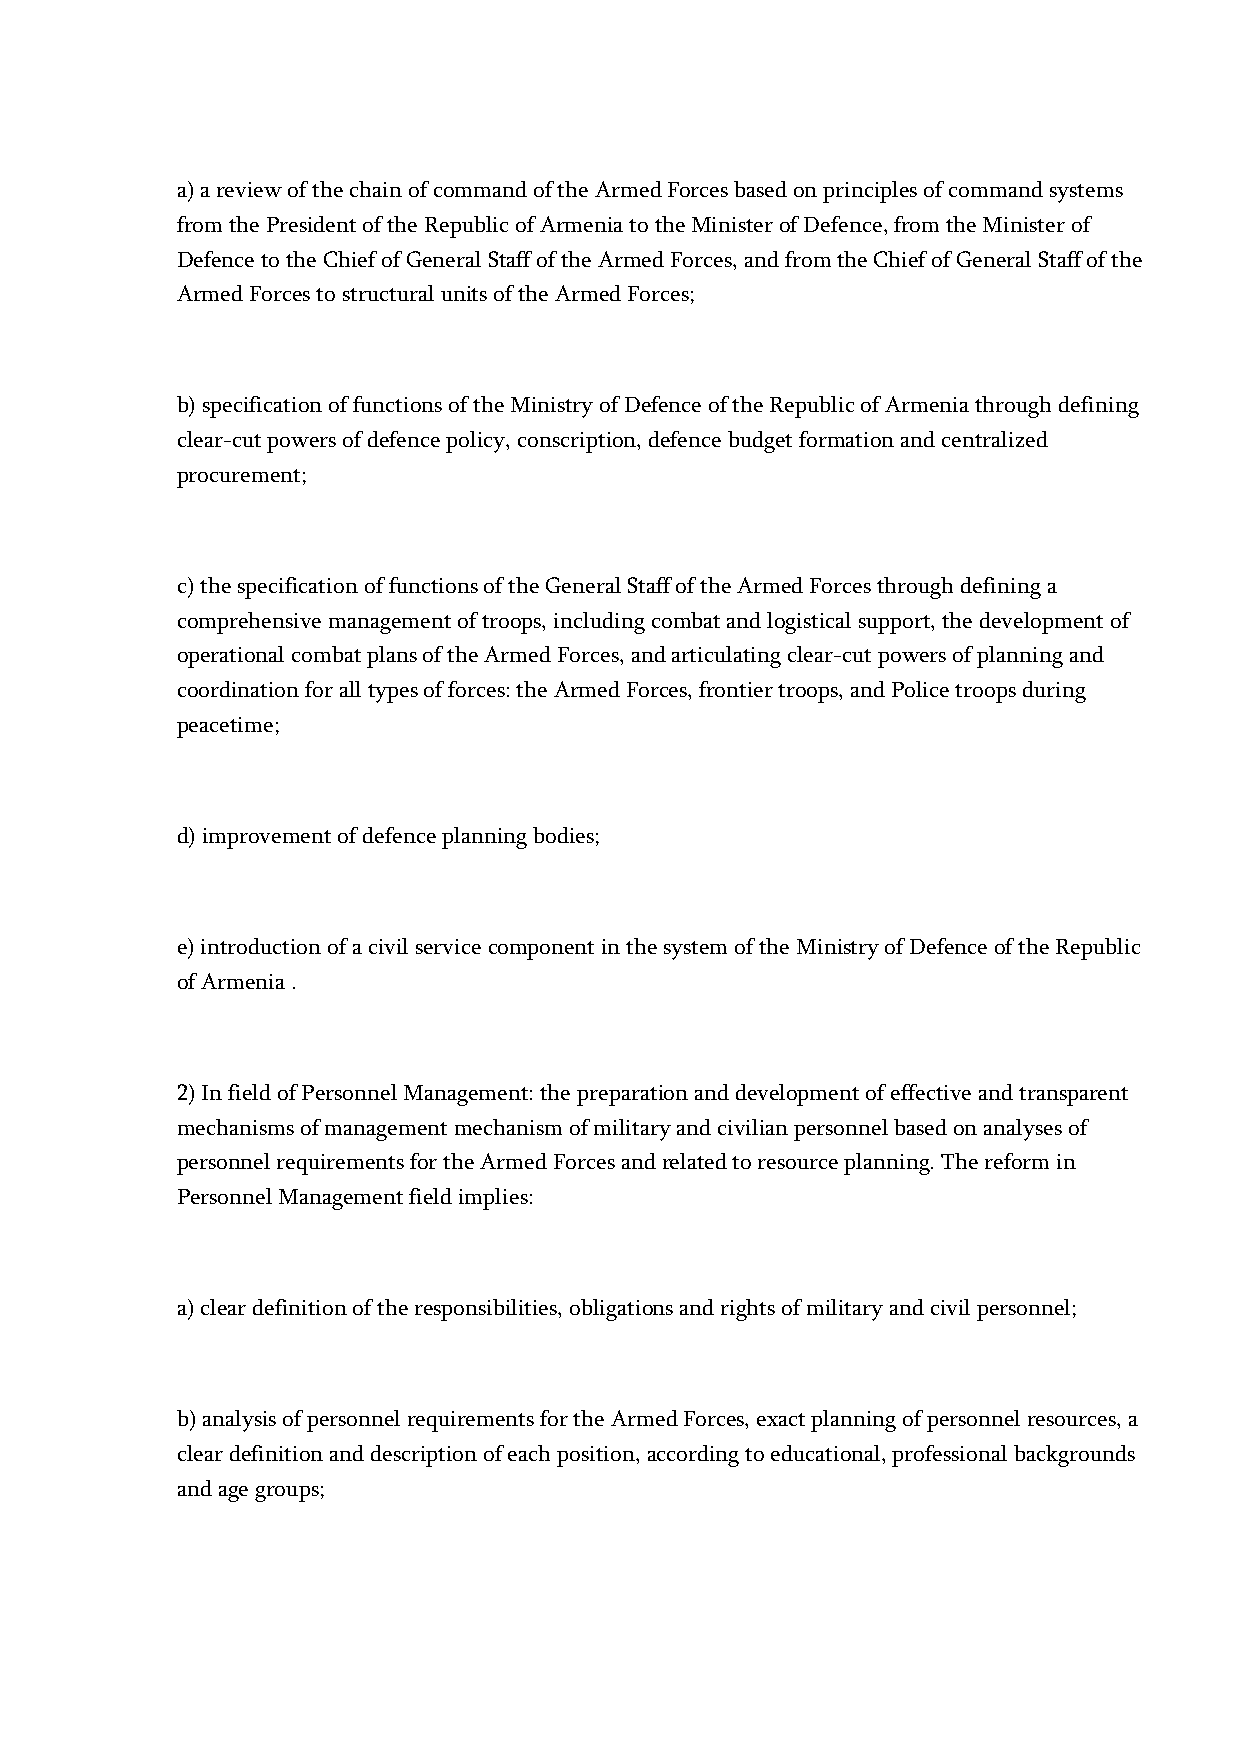
a) a review of the chain of command of the Armed Forces based on principles of command systems
 from the President of the Republic of Armenia to the Minister of Defence, from the Minister of
 Defence to the Chief of General Staff of the Armed Forces, and from the Chief of General Staff of the
 Armed Forces to structural units of the Armed Forces;
 b) specification of functions of the Ministry of Defence of the Republic of Armenia through defining
 clear-cut powers of defence policy, conscription, defence budget formation and centralized
 procurement;
 c) the specification of functions of the General Staff of the Armed Forces through defining a
 comprehensive management of troops, including combat and logistical support, the development of
 operational combat plans of the Armed Forces, and articulating clear-cut powers of planning and
 coordination for all types of forces: the Armed Forces, frontier troops, and Police troops during
 peacetime;
 d) improvement of defence planning bodies;
 e) introduction of a civil service component in the system of the Ministry of Defence of the Republic
 of Armenia .
 2) In field of Personnel Management: the preparation and development of effective and transparent
 mechanisms of management mechanism of military and civilian personnel based on analyses of
 personnel requirements for the Armed Forces and related to resource planning. The reform in
 Personnel Management field implies:
 a) clear definition of the responsibilities, obligations and rights of military and civil personnel;
 b) analysis of personnel requirements for the Armed Forces, exact planning of personnel resources, a
 clear definition and description of each position, according to educational, professional backgrounds
 and age groups;